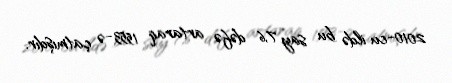
2010-cu ildə bu say 7,6 dəfə artaraq 1553-ə çatmışdır.